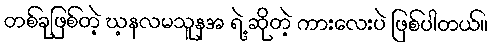
တစ်ခုဖြစ်တဲ့ ဃ့နလမသူနအ ရဲ့ ဆိုတဲ့ ကားလေးပဲ ဖြစ်ပါတယ်။